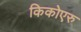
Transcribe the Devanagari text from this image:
किकोएरु